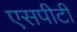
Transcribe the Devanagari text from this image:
एसपीटी